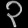
Digit: ၃